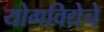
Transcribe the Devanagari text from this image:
योगविद्येचे